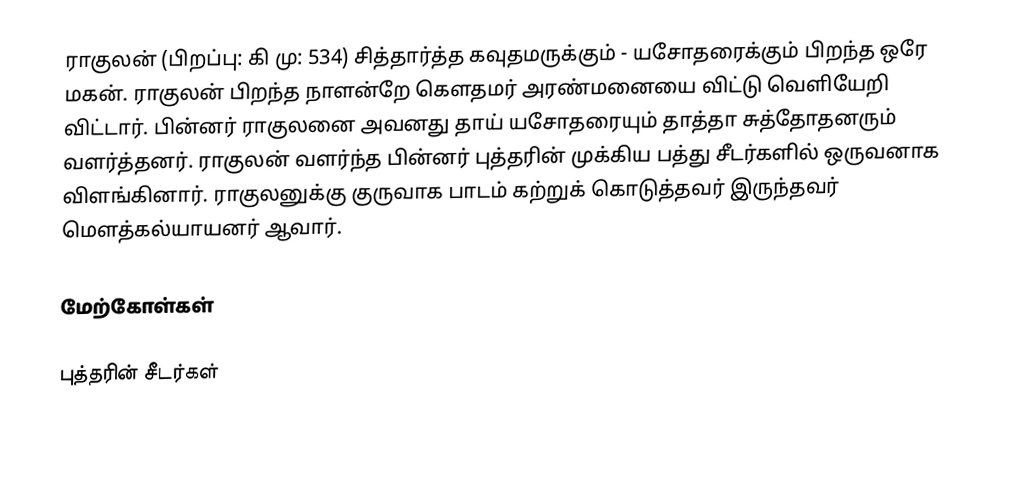
ராகுலன்  (பிறப்பு: கி மு: 534) சித்தார்த்த கவுதமருக்கும் - யசோதரைக்கும் பிறந்த ஒரே மகன். ராகுலன் பிறந்த நாளன்றே கௌதமர் அரண்மனையை விட்டு வெளியேறி விட்டார். பின்னர் ராகுலனை அவனது தாய் யசோதரையும் தாத்தா சுத்தோதனரும் வளர்த்தனர். ராகுலன் வளர்ந்த பின்னர் புத்தரின் முக்கிய பத்து சீடர்களில் ஒருவனாக விளங்கினார்.  ராகுலனுக்கு குருவாக பாடம் கற்றுக் கொடுத்தவர் இருந்தவர் மௌத்கல்யாயனர் ஆவார்.

மேற்கோள்கள்

புத்தரின் சீடர்கள்